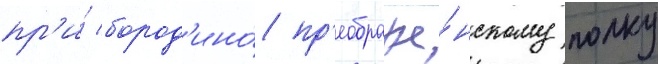
пр'и́ бород'ино́ пр'еображе́нскому полку